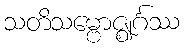
သတိသမ္ဗောဇ္ဈင်္ဂဿ